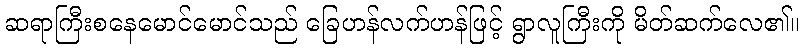
ဆရာကြီးစနေမောင်မောင်သည် ခြေဟန်လက်ဟန်ဖြင့် ရွာလူကြီးကို မိတ်ဆက်လေ၏။